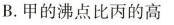
B.甲的沸点比丙的高